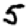
Digit: 5